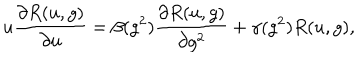
u \frac { \partial R ( u , g ) } { \partial u } = \beta ( g ^ { 2 } ) \frac { \partial R ( u , g ) } { \partial g ^ { 2 } } + \gamma ( g ^ { 2 } ) R ( u , g ) ,